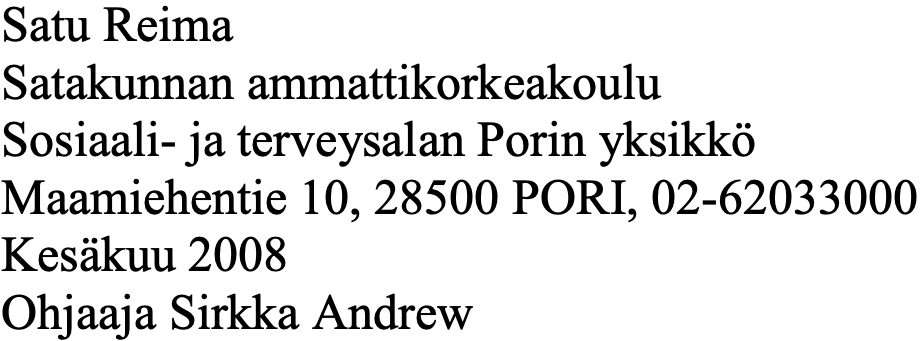
Satu Reima Satakunnan ammattikorkeakoulu Sosiaali- ja terveysalan Porin yksikkö Maamiehentie 10, 28500 PORI, 02-62033000 Kesäkuu 2008 Ohjaaja Sirkka Andrew